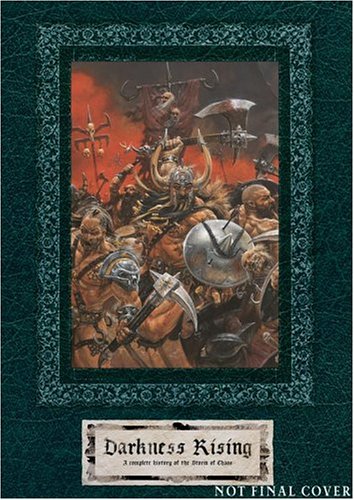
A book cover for Darkness Rising: A Complete History of the Storm of Chaos; Anthony Reynolds; Science Fiction & Fantasy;